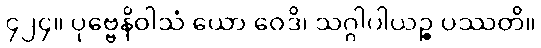
၄၂၄။ ပုဗ္ဗေနိဝါသံ ယော ဝေဒိ၊ သဂ္ဂါပါယဉ္စ ပဿတိ။